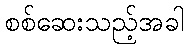
စစ်ဆေးသည့်အခါ